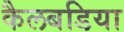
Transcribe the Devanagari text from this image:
कैलबडिया